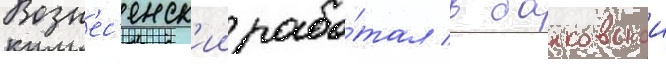
Возн'ес'енск'ии рабо́тал в банковскои